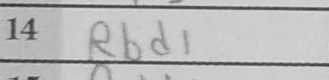
Transcription: Rbd1